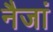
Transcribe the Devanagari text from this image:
नैजां